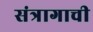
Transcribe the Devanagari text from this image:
संत्रागाची